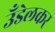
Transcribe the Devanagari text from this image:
उँडेलकर